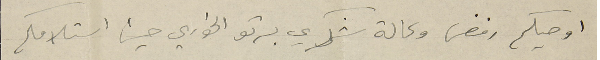
اوصيكم رفض وكالة شكري برتو الخوري حين استلامكم